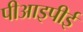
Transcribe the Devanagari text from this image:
पीआइपीई